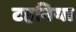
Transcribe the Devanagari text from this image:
टहनिया